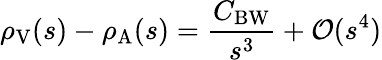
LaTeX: \rho_{\mathrm{V}}(s)-\rho_{\mathrm{A}}(s)={\frac{C_{\mathrm{BW}}}{s^{3}}}+{\cal O}(s^{4})